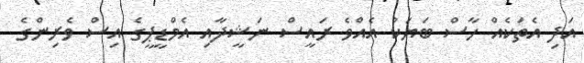
އަދި އެތަކެއް ހާސް ބަޔަކު އެއްވެ ރައީސް ނަޝީދާއި އެމްޑީޕީގެ އިސް ވެރިންގެ